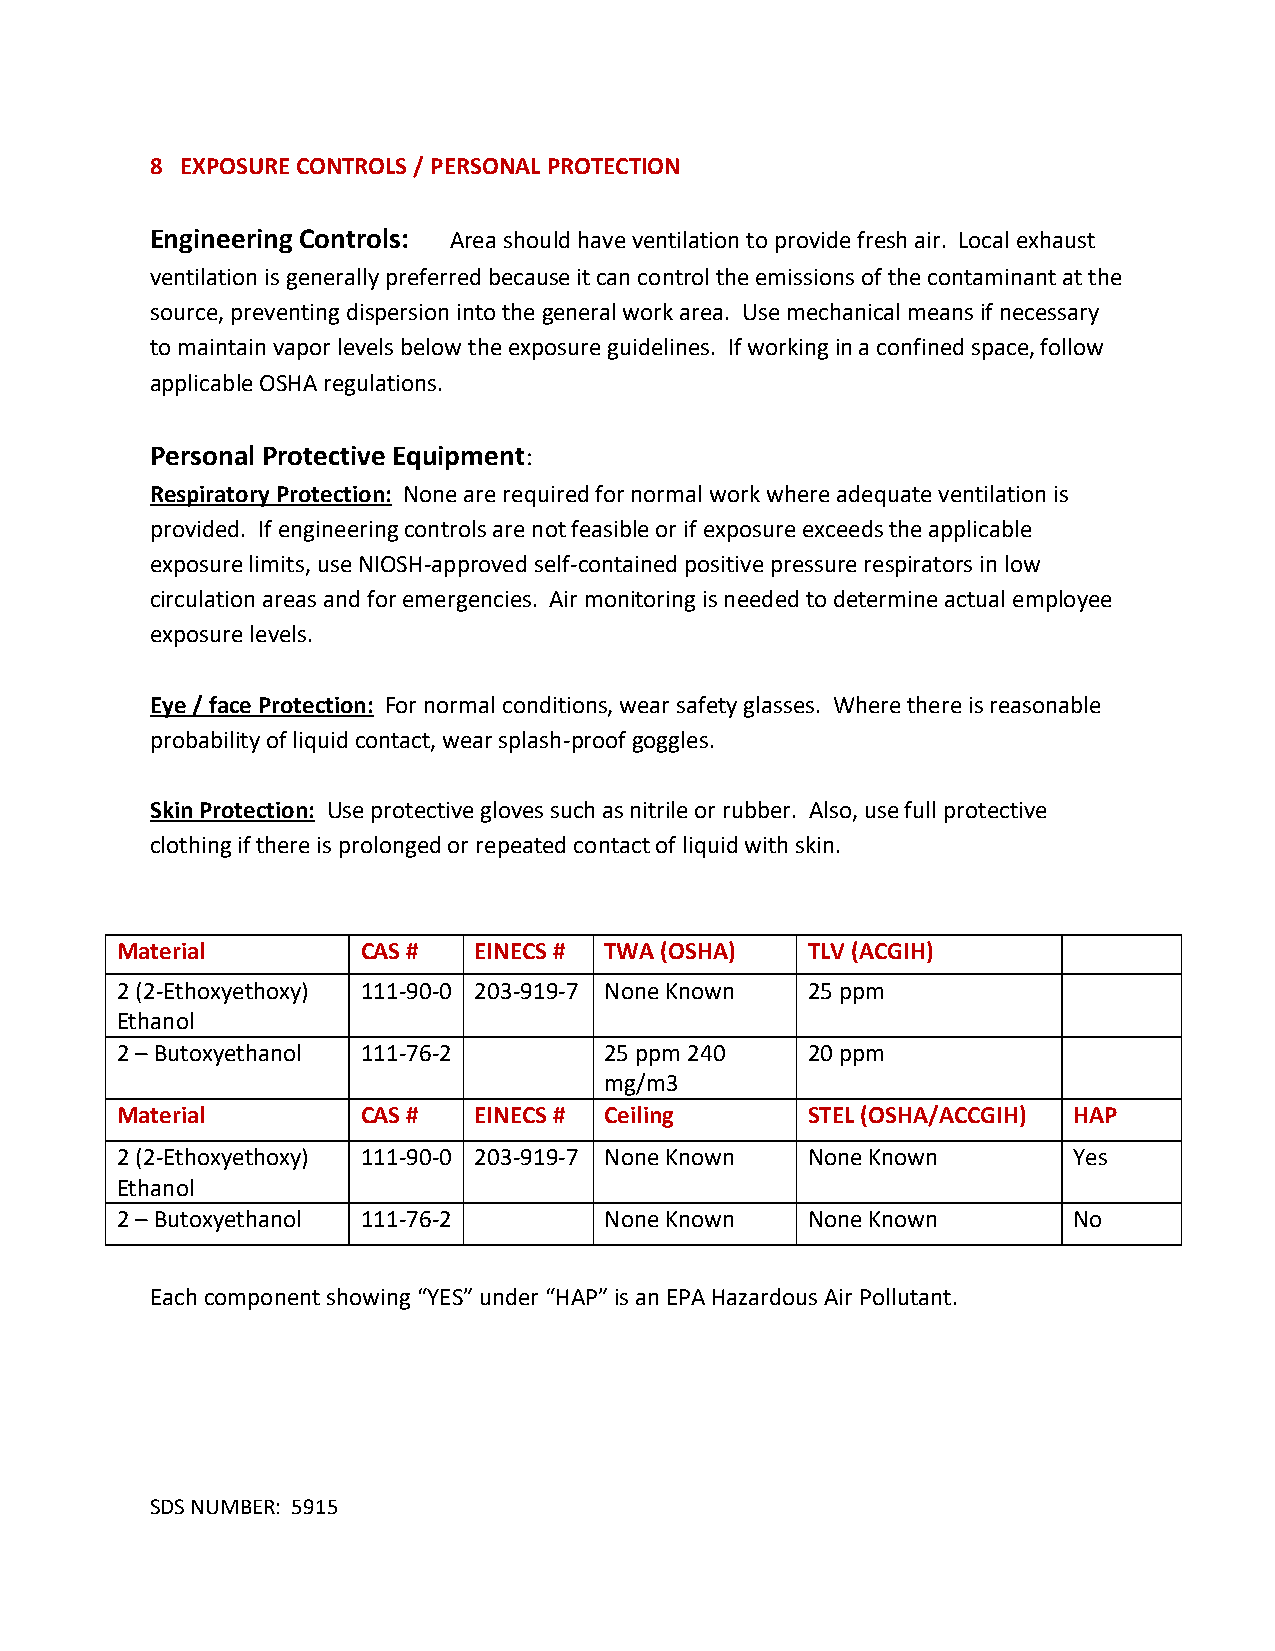
8 EXPOSURE CONTROLS / PERSONAL PROTECTION
 Engineering Controls: Area should have ventilation to provide fresh air. Local exhaust
 ventilation is generally preferred because it can control the emissions of the contaminant at the
 source, preventing dispersion into the general work area. Use mechanical means if necessary
 to maintain vapor levels below the exposure guidelines. If working in a confined space, follow
 applicable OSHA regulations.
 Personal Protective Equipment:
 Respiratory Protection: None are required for normal work where adequate ventilation is
 provided. If engineering controls are not feasible or if exposure exceeds the applicable
 exposure limits, use NIOSH-approved self-contained positive pressure respirators in low
 circulation areas and for emergencies. Air monitoring is needed to determine actual employee
 exposure levels.
 Eye / face Protection: For normal conditions, wear safety glasses. Where there is reasonable
 probability of liquid contact, wear splash-proof goggles.
 Skin Protection: Use protective gloves such as nitrile or rubber. Also, use full protective
 clothing if there is prolonged or repeated contact of liquid with skin.
 Material        CAS #  EINECS # TWA (OSHA)   TLV (ACGIH)
 2 (2-Ethoxyethoxy) 111-90-0 203-919-7 None Known 25 ppm
 Ethanol
 2 – Butoxyethanol 111-76-2      25 ppm 240   20 ppm
 mg/m3
 Material        CAS #  EINECS # Ceiling      STEL (OSHA/ACCGIH) HAP
 2 (2-Ethoxyethoxy) 111-90-0 203-919-7 None Known None Known    Yes
 Ethanol
 2 – Butoxyethanol 111-76-2      None Known   None Known        No
 Each component showing “YES” under “HAP” is an EPA Hazardous Air Pollutant.
 SDS NUMBER: 5915